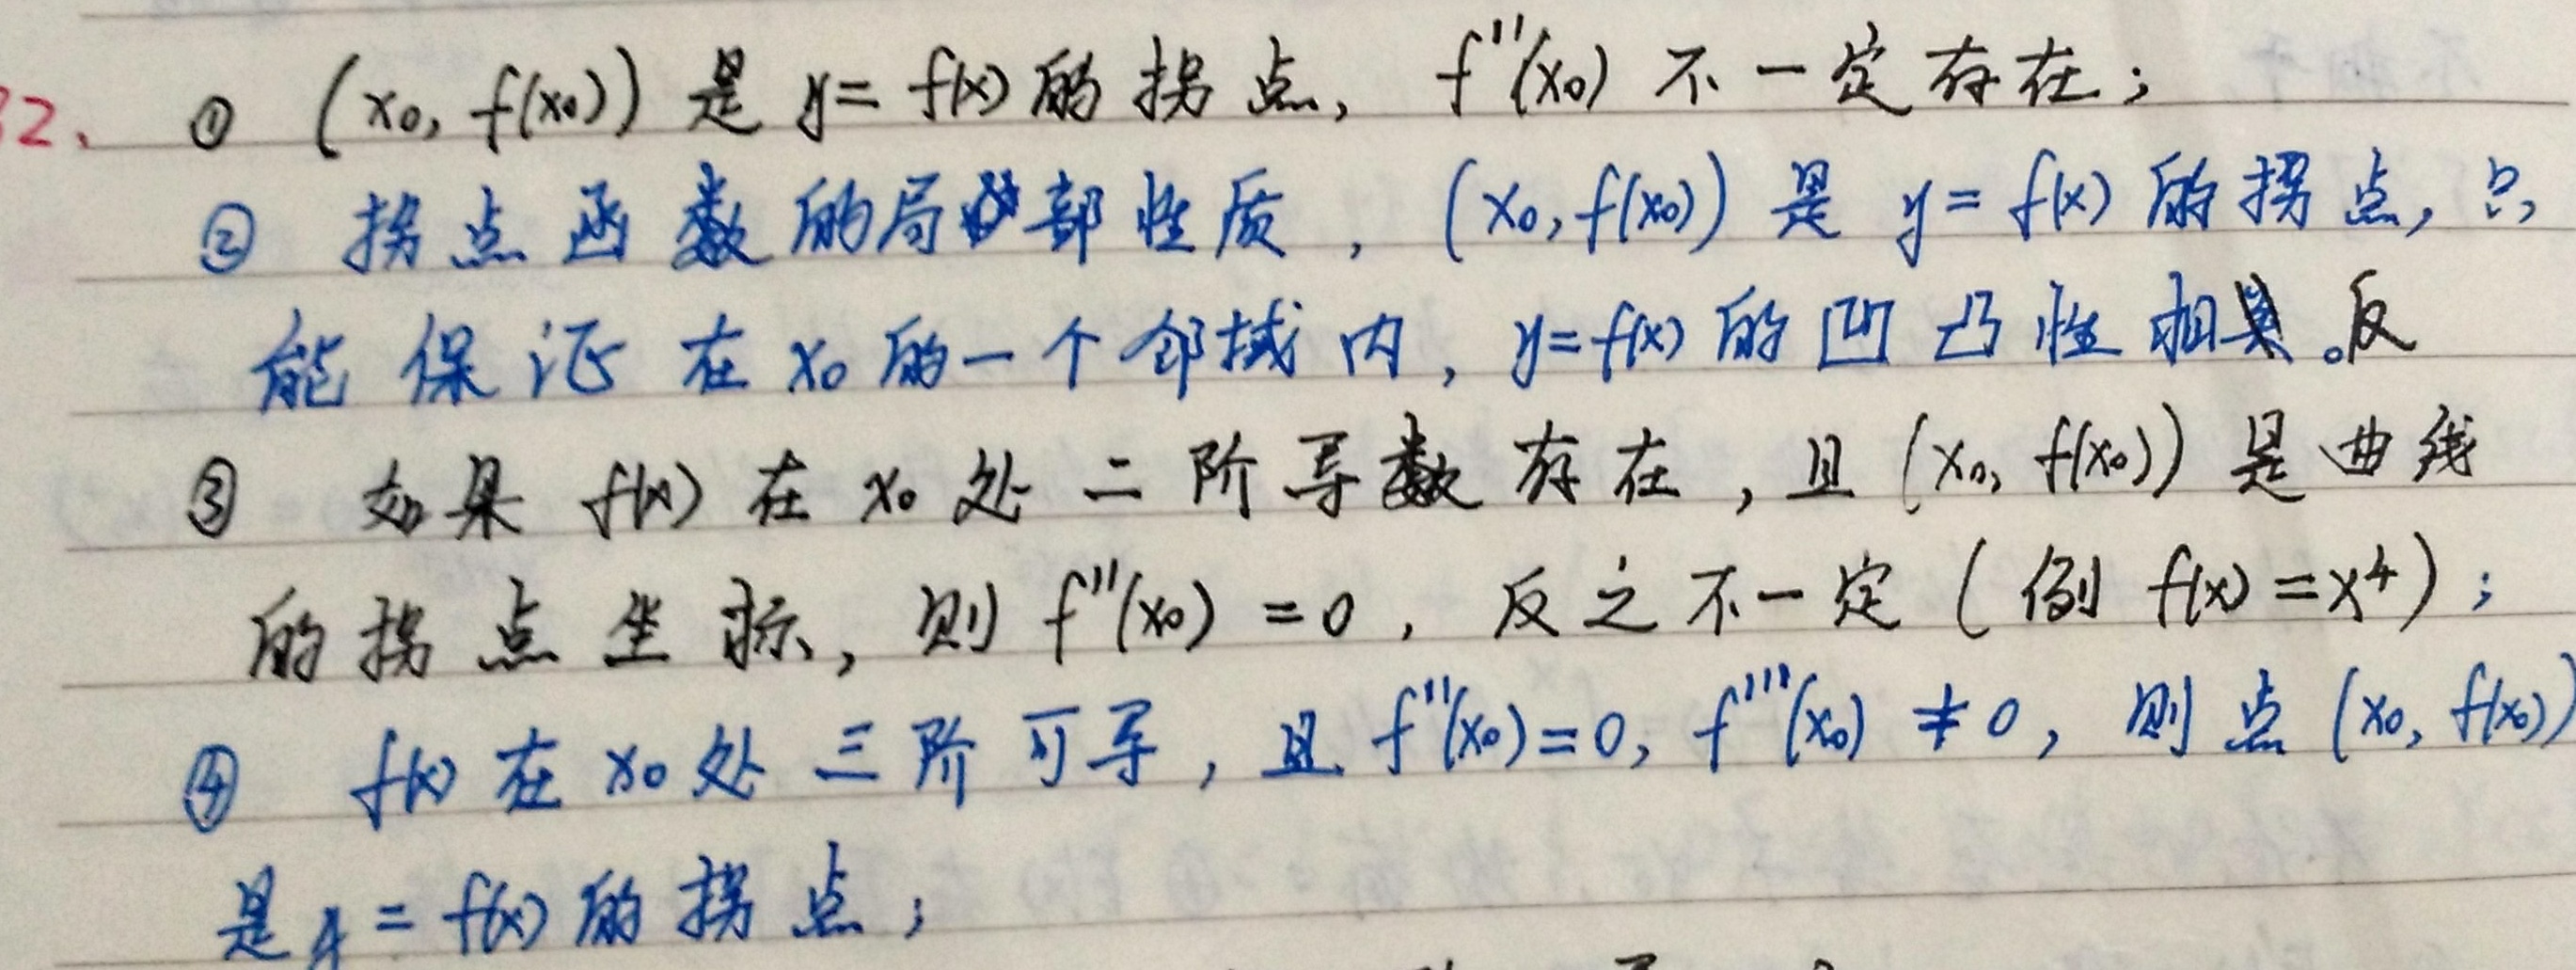
82. \textcircled{1} \((x_0,f(x_0))\) 是 \(y = f(x)\) 的拐点，\(f''(x_0)\) 不一定存在；
\textcircled{2} 拐点是函数的局部性质，\((x_0,f(x_0))\) 是 \(y = f(x)\) 的拐点，只能保证在 \(x_0\) 的一个邻域内，\(y = f(x)\) 的凹凸性相反；
\textcircled{3} 如果 \(f(x)\) 在 \(x_0\) 处二阶导数存在，且 \((x_0,f(x_0))\) 是曲线的拐点坐标，则 \(f''(x_0)=0\)，反之不一定（例 \(f(x)=x^{4}\)）；
\textcircled{4} \(f(x)\) 在 \(x_0\) 处三阶可导，且 \(f''(x_0)=0,f'''(x_0)\neq0\)，则点 \((x_0,f(x_0))\) 是 \(y = f(x)\) 的拐点；